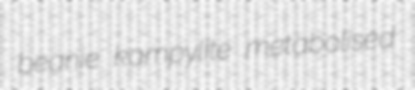
beanie kampylite metabolised